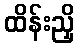
ထိန်းညှိ